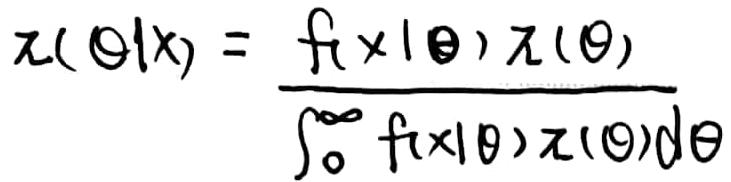
$\pi(\theta|x)=\frac{f(x|\theta)\pi(\theta)}{\int_{0}^{\infty}f(x|\theta)\pi(\theta)d\theta}$